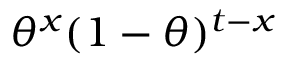
\theta ^ { x } ( 1 - \theta ) ^ { t - x }